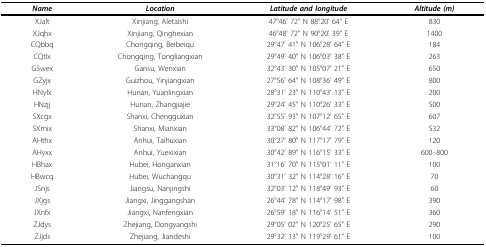
<table><thead><tr><td><b><i>Name</i></b></td><td><b><i>Location</i></b></td><td><b><i>Latitude and longitude</i></b></td><td><b><i>Altitude (m)</i></b></td></tr></thead><tbody><tr><td>XJalt</td><td>Xinjiang, Aletaishi</td><td>47°46&#x27; 72&quot; N 88°20&#x27; 64&quot; E</td><td>830</td></tr><tr><td>XJqhx</td><td>Xinjiang, Qinghexian</td><td>46°48&#x27; 72&quot; N 90°20&#x27; 39&quot; E</td><td>1400</td></tr><tr><td>CQbbq</td><td>Chongqing, Beibeiqu</td><td>29°47&#x27; 41&quot; N 106°28&#x27; 64&quot; E</td><td>184</td></tr><tr><td>CQtlx</td><td>Chongqing, Tongliangxian</td><td>29°49&#x27; 40&quot; N 106°03&#x27; 38&quot; E</td><td>263</td></tr><tr><td>GSwex</td><td>Gansu, Wenxian</td><td>32°43&#x27; 30&quot; N 105°07&#x27; 21&quot; E</td><td>650</td></tr><tr><td>GZyjx</td><td>Guizhou, Yinjiangxian</td><td>27°56&#x27; 64&quot; N 108°36&#x27; 49&quot; E</td><td>800</td></tr><tr><td>HNylx</td><td>Hunan, Yuanlingxian</td><td>28°31&#x27; 23&quot; N 110°43&#x27; 13&quot; E</td><td>200</td></tr><tr><td>HNzjj</td><td>Hunan, Zhangjiajie</td><td>29°24&#x27; 45&quot; N 110°26&#x27; 33&quot; E</td><td>500</td></tr><tr><td>SXcgx</td><td>Shanxi, Chengguxian</td><td>32°55&#x27; 93&quot; N 107°12&#x27; 65&quot; E</td><td>607</td></tr><tr><td>SXmix</td><td>Shanxi, Mianxian</td><td>33°08&#x27; 82&quot; N 106°44&#x27; 72&quot; E</td><td>532</td></tr><tr><td>AHthx</td><td>Anhui, Taihuxian</td><td>30°27&#x27; 80&quot; N 117°17&#x27; 79&quot; E</td><td>120</td></tr><tr><td>AHyxx</td><td>Anhui, Yuexixian</td><td>30°42&#x27; 89&quot; N 116°15&#x27; 33&quot; E</td><td>600--800</td></tr><tr><td>HBhax</td><td>Hubei, Honganxian</td><td>31°16&#x27; 70&quot; N 115°01&#x27; 11&quot; E</td><td>100</td></tr><tr><td>HBwcq</td><td>Hubei, Wuchangqu</td><td>30°31&#x27; 32&quot; N 114°28&#x27; 16&quot; E</td><td>70</td></tr><tr><td>JSnjs</td><td>Jiangsu, Nanjingshi</td><td>32°03&#x27; 12&quot; N 118°49&#x27; 93&quot; E</td><td>60</td></tr><tr><td>JXjgs</td><td>Jiangxi, Jinggangshan</td><td>26°44&#x27; 78&quot; N 114°17&#x27; 98&quot; E</td><td>390</td></tr><tr><td>JXnfx</td><td>Jiangxi, Nanfengxian</td><td>26°59&#x27; 18&quot; N 116°14&#x27; 51&quot; E</td><td>360</td></tr><tr><td>ZJdys</td><td>Zhejiang, Dongyangshi</td><td>29°05&#x27; 02&quot; N 120°25&#x27; 65&quot; E</td><td>290</td></tr><tr><td>ZJjds</td><td>Zhejiang, Jiandeshi</td><td>29°32&#x27; 13&quot; N 119°29&#x27; 61&quot; E</td><td>100</td></tr></tbody></table>